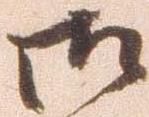
御